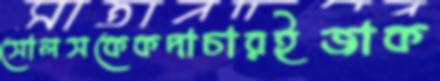
সোলসকেকদাচারইজাক